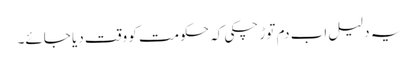
یہ دلیل اب دم توڑ چکی کہ حکومت کو وقت دیا جائے۔